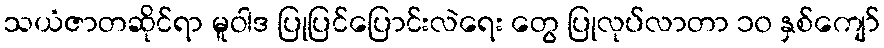
သယံဇာတဆိုင်ရာ မူဝါဒ ပြုပြင်ပြောင်းလဲရေး တွေ ပြုလုပ်လာတာ ၁၀ နှစ်ကျော်